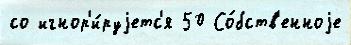
со игнор'и́руjетс'я 50 Со́бств'енноjе